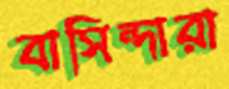
বাসিন্দারা